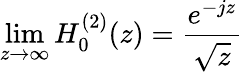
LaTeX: \operatorname*{lim}_{z\rightarrow\infty}H_{0}^{(2)}(z)=\frac{e^{-jz}}{\sqrt{z}}